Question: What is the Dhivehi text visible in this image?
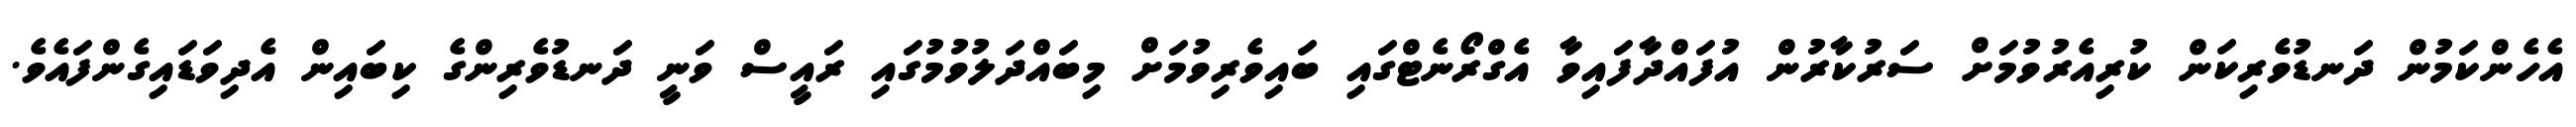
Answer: އެހެންކަމުން ދަނޑުވެރިކަން ކުރިއެރުވުމަށް ސަރުކާރުން އުފައްދާފައިވާ އެގްރޯނެޓްގައި ބައިވެރިވުމަށް މިބައްދަލުވުމުގައި ރައީސް ވަނީ ދަނޑުވެރިންގެ ކިބައިން އެދިވަޑައިގެންފައެވެ.